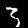
Digit: 3